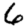
Digit: 6